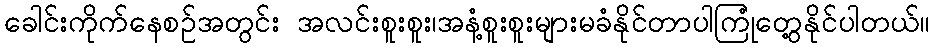
ခေါင်းကိုက်နေစဉ်အတွင်း အလင်းစူးစူး၊အနံ့စူးစူးများမခံနိုင်တာပါကြုံတွေ့နိုင်ပါတယ်။